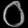
Digit: ၀